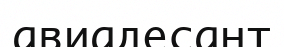
авиадесант